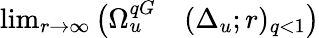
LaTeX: \begin{array}{rl}{\operatorname*{lim}_{r\to\infty}\big(\Omega_{u}^{qG}}&{{}(\Delta_{u};r)_{q<1}\big)}\end{array}